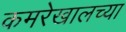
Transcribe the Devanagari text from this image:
कमरेखालच्या